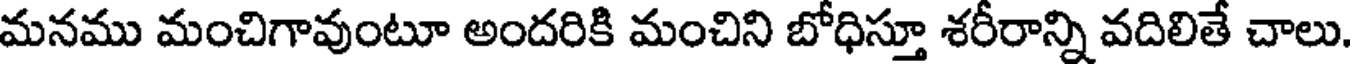
మనము మంచిగావుంటూ అందరికి మంచిని బోధిస్తూ శరీరాన్ని వదిలితే చాలు